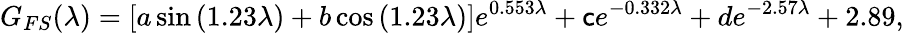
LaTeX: G_{FS}(\lambda)=[a\sin{(1.23\lambda)}+b\cos{(1.23\lambda)}]e^{0.553\lambda}+\mathsf{c}e^{-0.332\lambda}+de^{-2.57\lambda}+2.89,